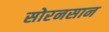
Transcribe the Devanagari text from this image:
सोरनसान